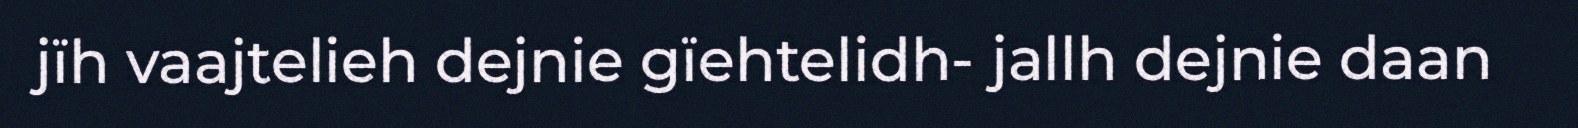
jïh vaajtelieh dejnie gïehtelidh- jallh dejnie daan